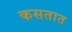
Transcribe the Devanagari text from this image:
कसतात